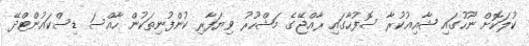
ކުލަކޮށް ނޫހުގައި ޝާއިއުކުރާ ސޮފުހާގައި ރާއްޖޭގެ މަޝްހޫރު ވިޔަފާރި ކުންފުނިތަކުން ހާއްސަ ޑިސްކައުންޓްދޭ